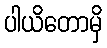
ပါယိတောမှိ